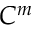
C ^ { m }